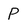
Character: P